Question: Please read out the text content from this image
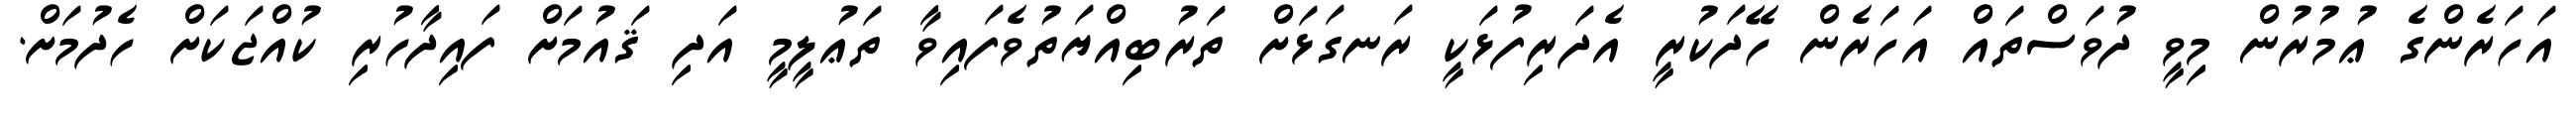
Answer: އަހަރެންގެ ޢުމުރުން މިވީ ދުވަސްތައް އަހަރެން ހޭދަކުރީ އެދަރިފުޅަކީ ރަނގަޅަށް ތަރުބިއްޔަތުވެފައިވާ ތަޢުލީމީ އަދި ޤައުމަށް ފައިދާހުރި ކުއްޖަކަށް ހެދުމަށް.